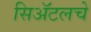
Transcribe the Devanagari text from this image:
सिॲटलचे